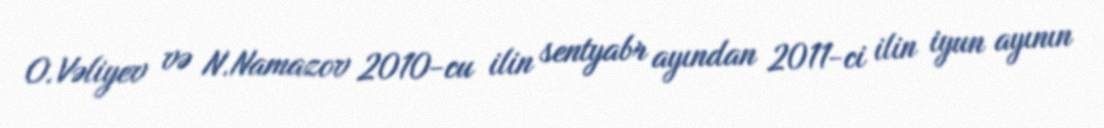
O.Vəliyev və N.Namazov 2010-cu ilin sentyabr ayından 2011-ci ilin iyun ayının